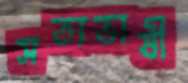
সত্যভাষী